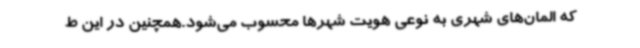
که المان‌های شهری به نوعی هویت شهرها محسوب می‌شود.همچنین در این ط